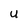
Character: U